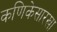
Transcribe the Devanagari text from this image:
कणिकेसारखा